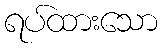
ရပ်ထားသော